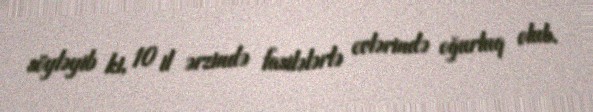
söyləyib ki, 10 il ərzində fasilələrlə evlərində oğurluq olub.